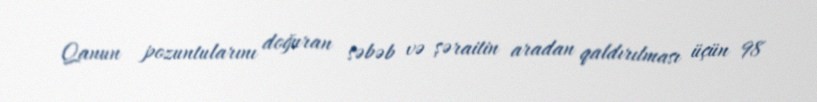
Qanun pozuntularını doğuran səbəb və şəraitin aradan qaldırılması üçün 98